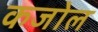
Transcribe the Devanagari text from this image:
कजोल